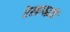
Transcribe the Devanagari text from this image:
रेखापद्धति